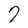
Character: 7